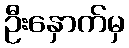
ဦးနှောက်မှ